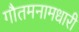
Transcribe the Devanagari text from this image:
गौतमनामधारी